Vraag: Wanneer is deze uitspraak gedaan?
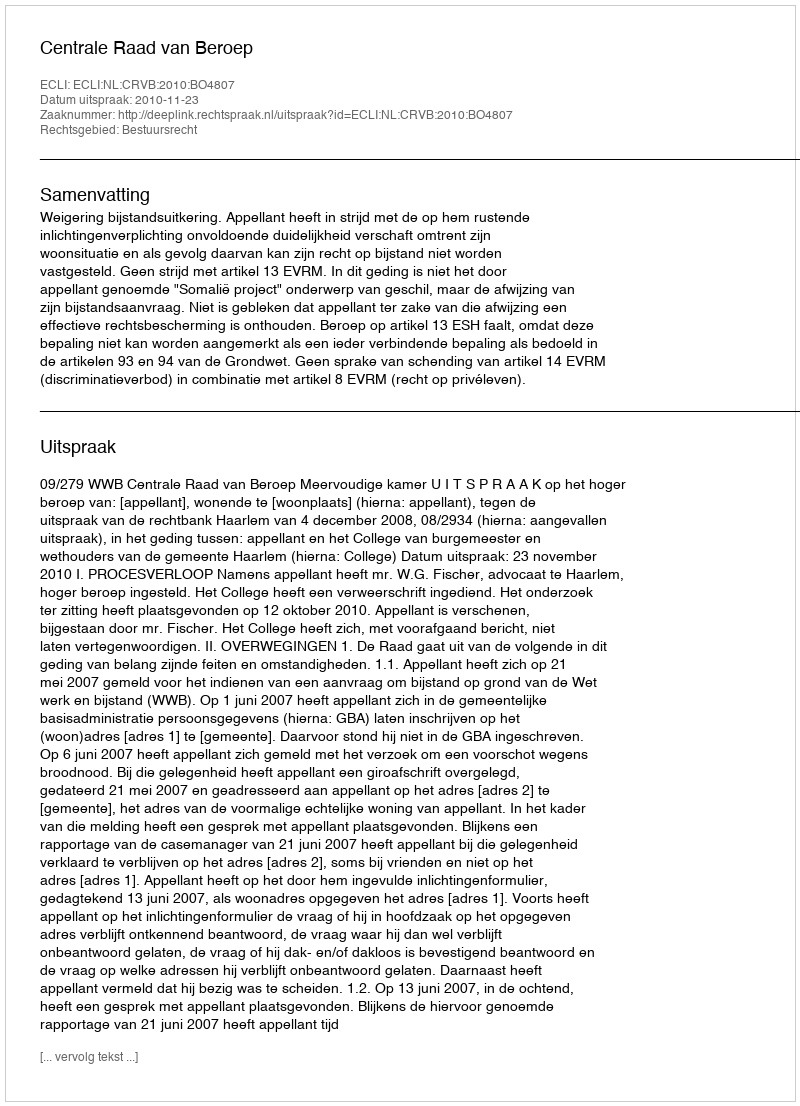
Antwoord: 2010-11-23